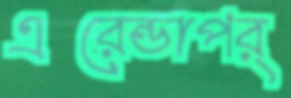
এরেন্ডাপর্